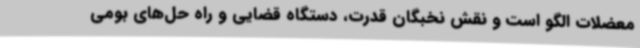
معضلات الگو است و نقش نخبگان قدرت، دستگاه قضایی و راه حل‌های بومی